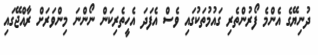
ދުނިޔޭގެ އެންމެ ފޯރުންތެރި ގައުމުތަކުގައި ވެސް އެފަދަ އެހީތެރިކަން ނޯންނަ މިންވަރަށް ރާއްޖޭގައި